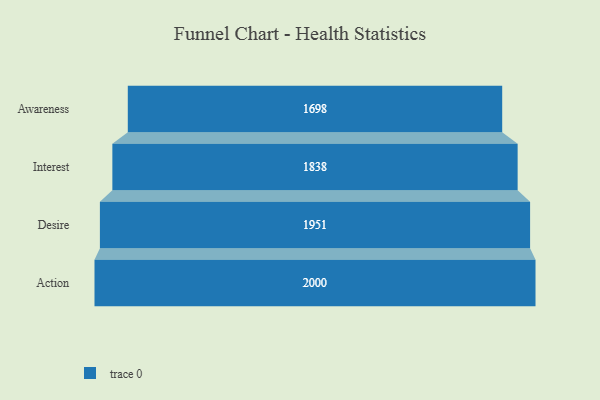
{"axis": {"x": "Stage", "y": "Value"}, "legend": [""], "data": [{"x": "Awareness", "y": 1698.0, "type": ""}, {"x": "Interest", "y": 1838.0, "type": ""}, {"x": "Desire", "y": 1951.0, "type": ""}, {"x": "Action", "y": 2000, "type": ""}]}